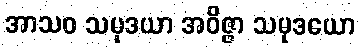
အာသဝ သမုဒယာ အဝိဇ္ဇာ သမုဒယော